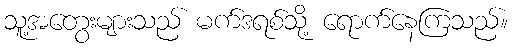
သူ့အတွေးများသည် မက်ဒရစ်သို့ ရောက်နေကြသည်။